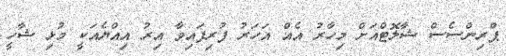
ޕްރިންސެސް ޝާލޮޓްއަށް މިހާރު އެއް އަހަރު ފުރިފައިވާ އިރު އިއްޔެއަކީ މުޅި ޝާހީ